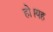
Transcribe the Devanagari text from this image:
हो।यह